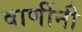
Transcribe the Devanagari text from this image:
वाणींनी